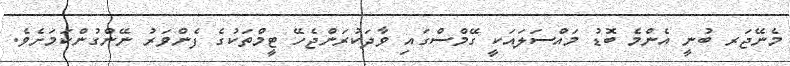
މެނޭޖަރ ބުނީ އެންމެ ބޮޑު މައްސަލައަކީ ގޭމްސްގައި ވާދަކުރަންޖެހޭ ޓީމްތަކުގެ ފެންވަރު ނޭންގުންކަމަށެވެ.